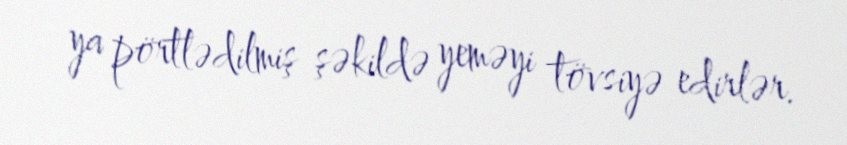
ya pörtlədilmiş şəkildə yeməyi tövsiyə edirlər.